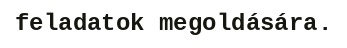
feladatok megoldására.